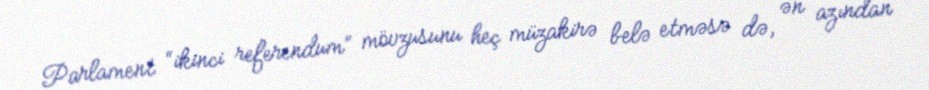
Parlament “ikinci referendum” mövzusunu heç müzakirə belə etməsə də, ən azından